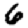
Digit: 6